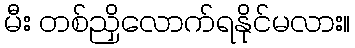
မီး တစ်ညှိလောက်ရနိုင်မလား။